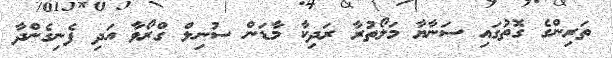
ތަރިންގެ ގޮތުގައި ސަނާޔާ މަލޯތުރާ ރަދިކާ މާޑަން ސުނިލް ގްރޯވާ އަދި ފެނިގެންދާ